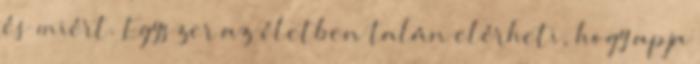
és miért. Egyszer az életben talán elérheti, hogy apja